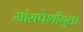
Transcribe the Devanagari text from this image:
मांसपेशीयुक्त